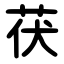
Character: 茯